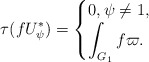
\begin{align*}\begin{aligned}\tau (fU^\ast_{\psi}) = \begin{cases} 0, \psi \ne 1,\\\displaystyle \int_{G_1} f \varpi.\end{cases}\end{aligned}\end{align*}